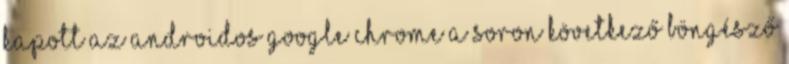
kapott az androidos Google Chrome A soron következő böngésző